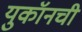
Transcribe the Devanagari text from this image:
युकॉनची